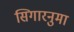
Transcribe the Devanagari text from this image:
सिगारनुमा